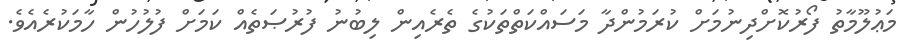
މަޢުލޫމާތު ފޯރުކޮށްދިނުމަށް ކުރަމުންދާ މަސައްކަތްތަކުގެ ތެރެއިން ލިބުނު ފުރުޞަތެއް ކަމަށް ފުލުހުން ހާމަކުރެއެވެ.